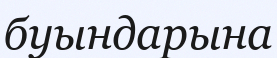
буындарына